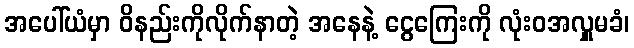
အပေါ်ယံမှာ ဝိနည်းကိုလိုက်နာတဲ့ အနေနဲ့ ငွေကြေးကို လုံးဝအလှူမခံ၊